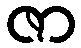
ဇာ